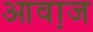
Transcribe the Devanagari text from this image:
आवा़ज